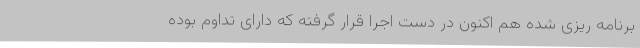
برنامه ریزی شده هم اکنون در دست اجرا قرار گرفته که دارای تداوم بوده